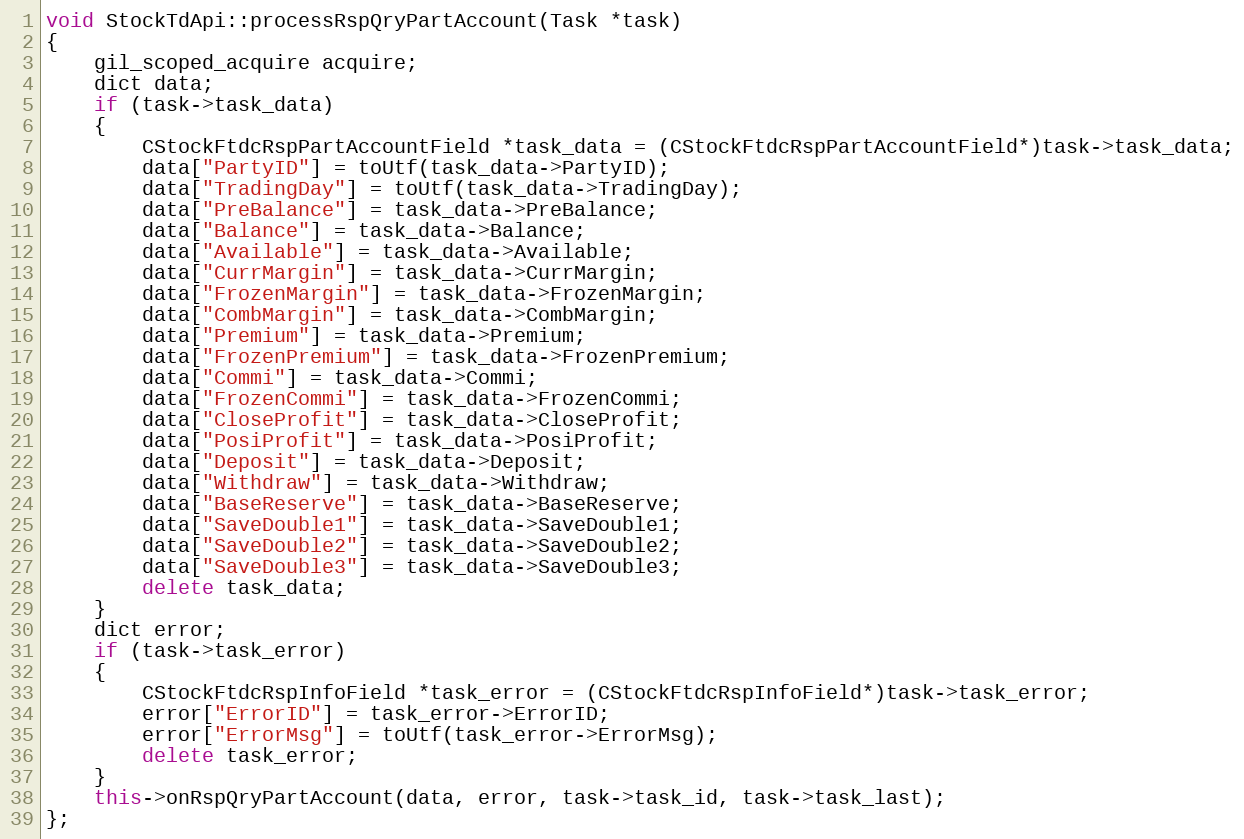
Language: C++
void StockTdApi::processRspQryPartAccount(Task *task)
{
	gil_scoped_acquire acquire;
	dict data;
	if (task->task_data)
	{
		CStockFtdcRspPartAccountField *task_data = (CStockFtdcRspPartAccountField*)task->task_data;
		data["PartyID"] = toUtf(task_data->PartyID);
		data["TradingDay"] = toUtf(task_data->TradingDay);
		data["PreBalance"] = task_data->PreBalance;
		data["Balance"] = task_data->Balance;
		data["Available"] = task_data->Available;
		data["CurrMargin"] = task_data->CurrMargin;
		data["FrozenMargin"] = task_data->FrozenMargin;
		data["CombMargin"] = task_data->CombMargin;
		data["Premium"] = task_data->Premium;
		data["FrozenPremium"] = task_data->FrozenPremium;
		data["Commi"] = task_data->Commi;
		data["FrozenCommi"] = task_data->FrozenCommi;
		data["CloseProfit"] = task_data->CloseProfit;
		data["PosiProfit"] = task_data->PosiProfit;
		data["Deposit"] = task_data->Deposit;
		data["Withdraw"] = task_data->Withdraw;
		data["BaseReserve"] = task_data->BaseReserve;
		data["SaveDouble1"] = task_data->SaveDouble1;
		data["SaveDouble2"] = task_data->SaveDouble2;
		data["SaveDouble3"] = task_data->SaveDouble3;
		delete task_data;
	}
	dict error;
	if (task->task_error)
	{
		CStockFtdcRspInfoField *task_error = (CStockFtdcRspInfoField*)task->task_error;
		error["ErrorID"] = task_error->ErrorID;
		error["ErrorMsg"] = toUtf(task_error->ErrorMsg);
		delete task_error;
	}
	this->onRspQryPartAccount(data, error, task->task_id, task->task_last);
};